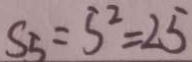
S _ { 5 } = 5 ^ { 2 } = 2 5